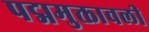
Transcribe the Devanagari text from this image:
पद्ममुक्तावली